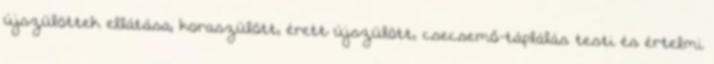
újszülöttek ellátása; koraszülött, érett újszülött, csecsemő-táplálás testi és értelmi